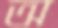
অ